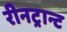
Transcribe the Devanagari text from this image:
रीनट्रान्ट